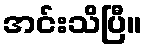
အင်းသိပြီ။